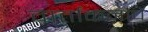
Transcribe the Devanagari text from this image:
वार्तांकनाचे